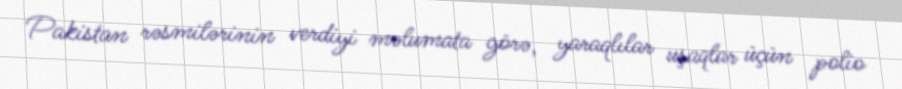
Pakistan rəsmilərinin verdiyi məlumata görə, yaraqlılar uşaqlar üçün polio